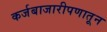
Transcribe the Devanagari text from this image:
कर्जबाजारीपणातून